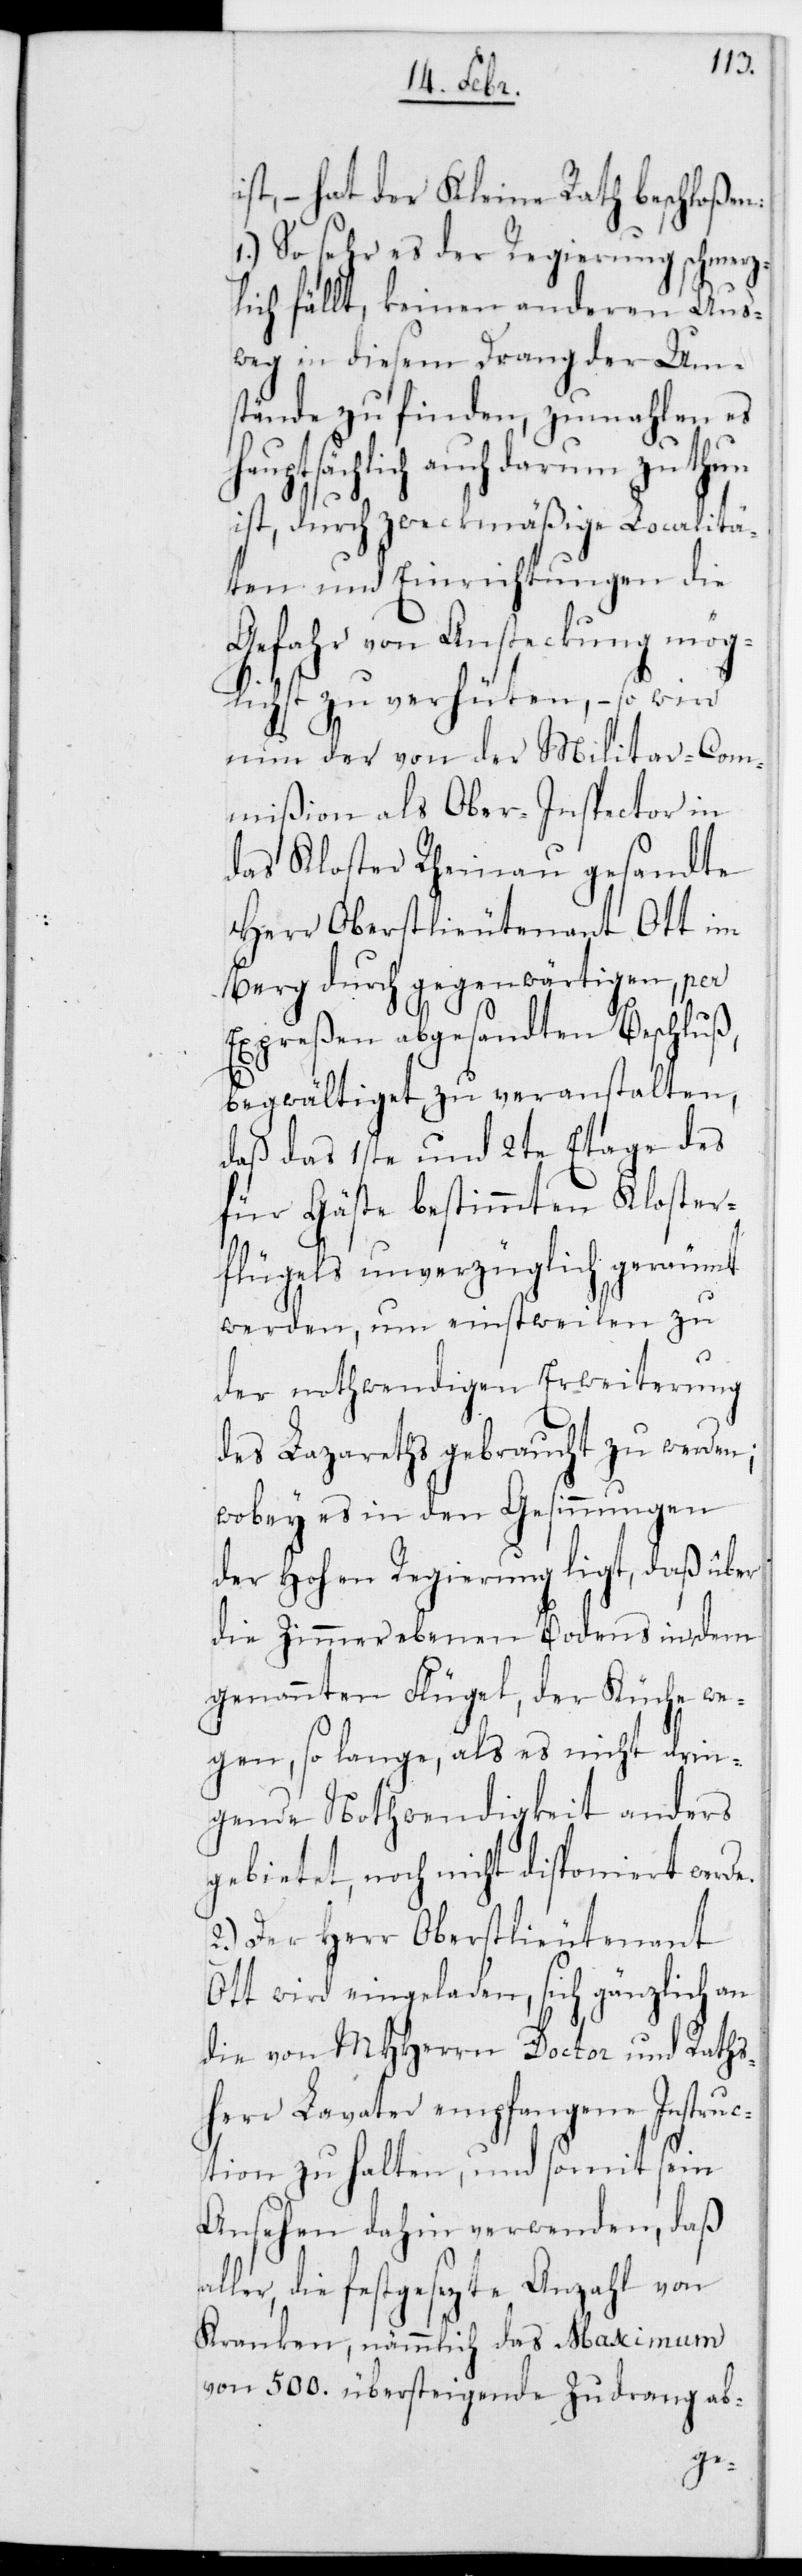
ist, – hat der Kleine Rath beschloßen:
1.) So sehr es der Regierung schmerz¬
lich fällt, keinen anderen Aus¬
weg in diesem Drang der Um¬
stände zu finden, zumahlen es
auptsächlich auch darum zu thun
ist, durch zweckmäßige Localitä¬
ten und Einrichtungen die
Gefahr von Ansteckung mög¬
lichst zu verhüten, – so wird
nun der von der Militar-Com¬
mißion als Ober-Inspector in
das Kloster Rheinau gesandte
Herr Oberstlieutenant Ott im
Berg durch gegenwärtigen, per
Expreßen abgesandten Beschluß
begwältiget, zu veranstalten,
daß das 1ste und 2te Etage des
für Gäste bestimmte Kloster¬
flügels unverzüglich geräumt
werden, um einstweilen zu
der nothwendigen Erweiterung
des Lazareths gebraucht zu werden;
wobey es in den Gesinnungen
der Hohen Regierung ligt, daß über
die Zimmer ebenen Bodens in dem
genannten Flügel, der Küche we¬
gen, so lange als es nicht drin¬
gende Nothwendigkeit anders
gebietet, noch nicht disponiert werde.
2.) Der Herr Oberstlieutenant
Ott wird eingeladen, sich gänzlich an
die von MHHerrn Doctor und Raths¬
herr Lavater empfangene Instruc¬
tion zu halten, und somit sein
Ansehen dahin verwenden, daß
ler, die festgesezte Anzahl von
Kranken, nämmlich das Maximum
von 500. übersteigende Zudrang ab-
al¬